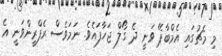
މި މެޗުގައި އެމްބާޕޭ ވަނީ ދެ ގޯލް ޖަހާފައެވެ. ނަމަވެސް ރެފްރީންވަނީ އެ